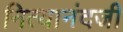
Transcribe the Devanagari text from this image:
नित्यानंदजी